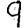
Digit: 9